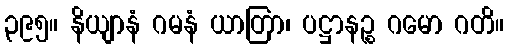
၃၉၅။ နိယျာနံ ဂမနံ ယာတြာ၊ ပဋ္ဌာနဉ္စ ဂမော ဂတိ။